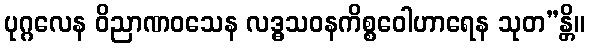
ပုဂ္ဂလေန ဝိညာဏဝသေန လဒ္ဓသဝနကိစ္စဝေါဟာရေန သုတ”န္တိ။